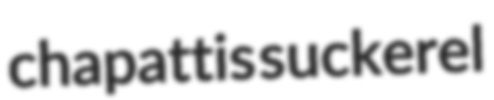
chapattis suckerel